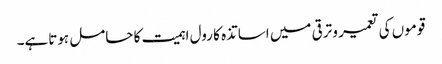
قوموں کی تعمیر و ترقی میں اساتذہ کا رول اہمیت کا حامل ہوتاہے۔